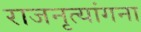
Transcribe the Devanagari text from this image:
राजनृत्यांगना